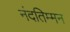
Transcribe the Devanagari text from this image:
नंदतिम्मन